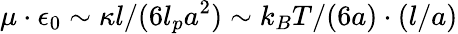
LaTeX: \mu\cdot\epsilon_{0}\sim\kappa l/(6l_{p}a^{2})\sim k_{B}T/(6a)\cdot(l/a)